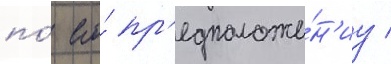
по́ его́ пр'едположе́н'иу /